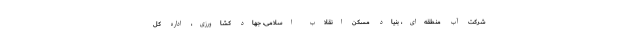
شرکت آب منطقه‌ای، بنیاد مسکن انقلاب اسلامی، جهاد کشاورزی، اداره کل